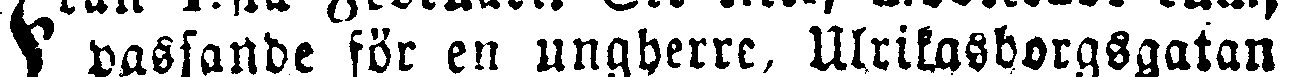
# passande för en ungherre, Ulrikasborgsgatan